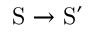
\mathrm { S } \rightarrow \mathrm { S } ^ { \prime }